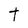
Character: t